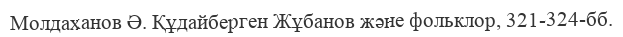
Молдаханов Ә. Құдайберген Жұбанов және фольклор, 321-324-бб.